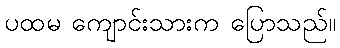
ပထမ ကျောင်းသားက ပြောသည်။